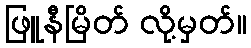
ဖြူနီမြိတ် လို့မှတ်။